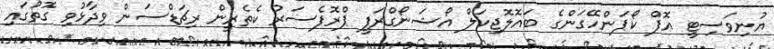
ޔުނިވަސިޓީ އޮފް ކޯޕަންހޭގަންގެ ބައޮލޮޖިކަލް އޯޝަނޯގްރަފީ ޕްރޮފެސަރު ކެތެރީން ރިޗަޑްސަން ވިދާޅުވި ގޮތުގައި